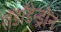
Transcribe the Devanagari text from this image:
रॉडॉडेन्ड्रोन